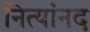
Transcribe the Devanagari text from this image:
नित्यांनद